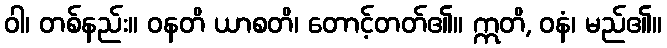
ဝါ၊ တစ်နည်း။ ဝနတိ ယာစတိ၊ တောင့်တတ်၏။ ဣတိ, ဝနံ၊ မည်၏။